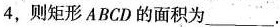
4$$，则矩形ABCD的面积为___.